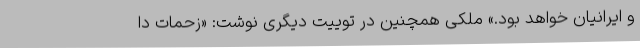
و ایرانیان خواهد بود.» ملکی همچنین در توییت دیگری نوشت: «زحمات دا